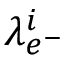
\lambda _ { e ^ { - } } ^ { i }